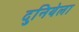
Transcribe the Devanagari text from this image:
दुनियेला